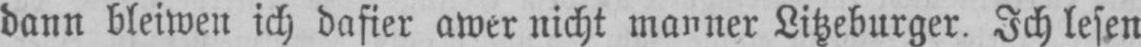
dann bleiwen ich dafier awer nicht manner Litzeburger. Ich lesen